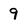
Character: 9